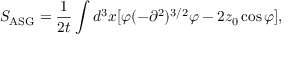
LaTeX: S _ { \mathrm { A S G } } = \frac { 1 } { 2 t } \int d ^ { 3 } x [ \varphi ( - \partial ^ { 2 } ) ^ { 3 / 2 } \varphi - 2 z _ { 0 } \cos \varphi ] ,